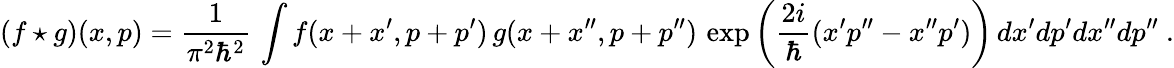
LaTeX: (f\star g)(x,p)={\frac{1}{\pi^{2}\hbar^{2}}}\, \int f(x+x^{\prime},p+p^{\prime})\, g(x+x^{\prime\prime},p+p^{\prime\prime})\, \exp{\left({\frac{2i}{\hbar}}(x^{\prime}p^{\prime\prime}-x^{\prime\prime}p^{\prime})\right)}\, dx^{\prime}dp^{\prime}dx^{\prime\prime}dp^{\prime\prime}~.